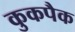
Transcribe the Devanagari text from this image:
कुकपैक